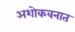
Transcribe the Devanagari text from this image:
अशोकवनात